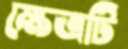
ক্ষেত্রটি